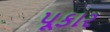
પૂકાર